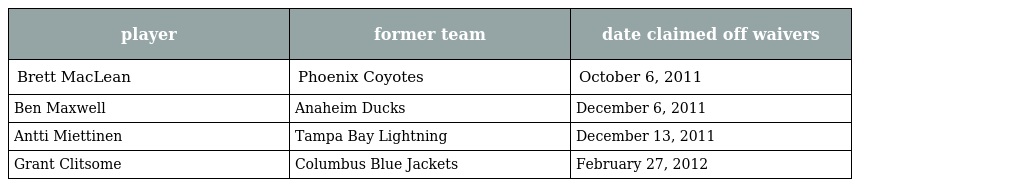
| player | former team | date claimed off waivers |
 | --- | --- | --- |
 | Brett MacLean | Phoenix Coyotes | October 6, 2011 |
 | Ben Maxwell | Anaheim Ducks | December 6, 2011 |
 | Antti Miettinen | Tampa Bay Lightning | December 13, 2011 |
 | Grant Clitsome | Columbus Blue Jackets | February 27, 2012 |